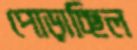
পোড়াচ্ছিল